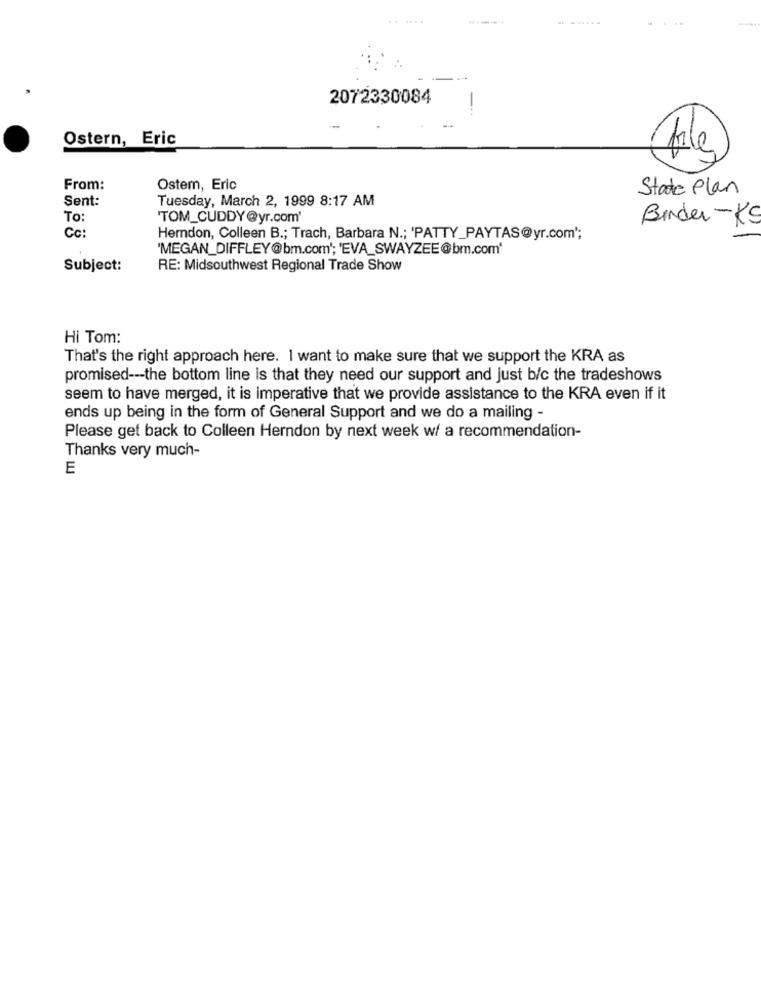
......
...-.. .
.. ......
2072330084
Ostern, Eric
From:
Ostem, Eric
State Plan
Sent:
Tuesday, March 2, 1999 8:17 AM
TO:
'TOM_CUDDY@yr.com'
Binder -KS
Cc
Herndon, Colleen B .; Trach, Barbara N .; 'PATTY_PAYTAS@yr.com";
'MEGAN_DIFFLEY@bm.com'; 'EVA_SWAYZEE@bm.com'
Subject:
RE: Midsouthwest Regional Trade Show
Hi Tom:
That's the right approach here. I want to make sure that we support the KRA as
promised --- the bottom line is that they need our support and just b/c the tradeshows
seem to have merged, it is imperative that we provide assistance to the KRA even if it
ends up being in the form of General Support and we do a mailing -
Please get back to Colleen Herndon by next week w/ a recommendation-
Thanks very much-
E